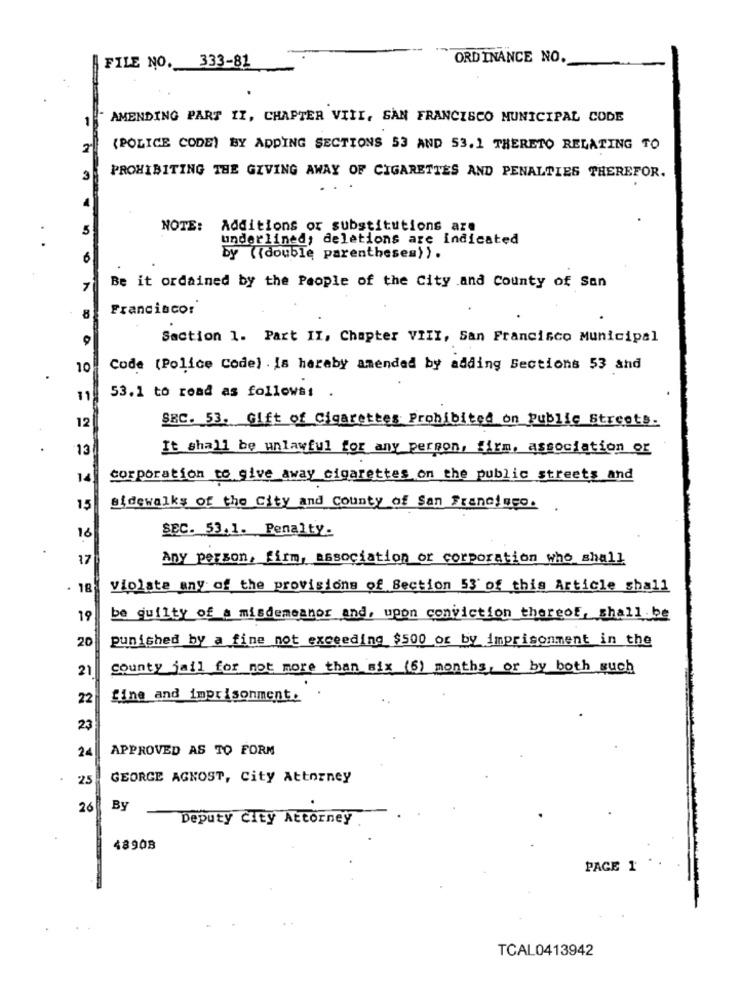
FILE NO. 333-81
ORDINANCE NO.
1-
1
AMENDING PART II, CHAPTER VIII, SAN FRANCISCO MUNICIPAL CODE
(POLICE CODE) BY ADDING SECTIONS 53 AND 53.1 THERETO RELATING TO
3
PROHIBITING THE GIVING AWAY OF CIGARETTES AND PENALTIES THEREFOR.
1
5
NOTE: Additions or substitutions are
underlined, deletions are indicated
6
by ((double parentheses) ).
Be it ordained by the People of the City and County of San
7
Francisco:
8
Saction 1. Part II, Chapter VIII, San Francisco Municipal
10
Code (Police Code) . Is hereby amended by adding Sections 53 and
11
53.1 to read as follows: .
SEC. 53. Gift of Cigarettes Prohibited on Public Streets.
12
13
It shall be unlawful for any person, firm, association or
14
corporation to give away cigarettes on the public streets and
15
sidewalks of the City and county of San Francisco ..
SEC. 53.1. Penalty.
16
17
Any person, firm, association or corporation who shall
. 18
violate any of the provisions of Section 53' of this Article shall
19
be guilty of a misdemeanor and, upon conviction thereof, shall be
punished by a fine not exceeding $500 or by imprisonment in the
20
21
county jail for not more than six (6) months, or by both such
22
fine and imprisonment.
23
24
APPROVED AS TO FORM
25
GEORGE AGNOST, City Attorney
26
By
Deputy City Attorney
48908
PAGE 1
TCAL0413942